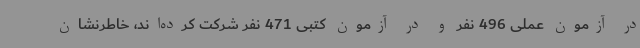
در آزمون عملی 496 نفر و در آزمون کتبی 471 نفر شرکت کرده‌اند، خاطرنشان